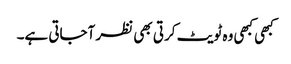
کبھی کبھی وہ ٹویٹ کرتی بھی نظر آجاتی ہے۔